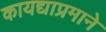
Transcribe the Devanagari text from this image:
कायद्याप्रमाने